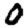
Digit: 0